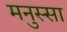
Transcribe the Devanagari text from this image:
मनुस्सा